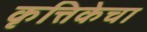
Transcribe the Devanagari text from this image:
कृत्तिकेचा